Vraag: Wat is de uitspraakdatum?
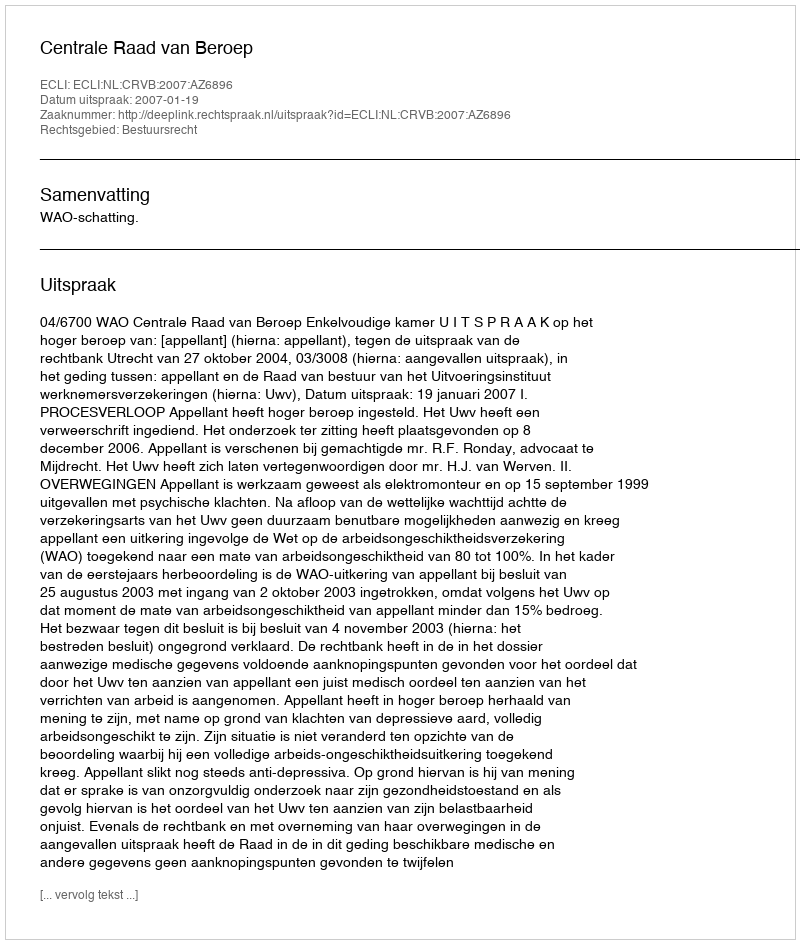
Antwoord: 2007-01-19